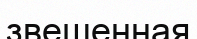
звешенная